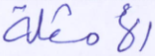
الأمثلة